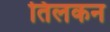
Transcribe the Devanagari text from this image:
तिलकन